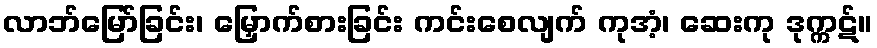
လာဘ်မြော်ခြင်း၊ မြှောက်စားခြင်း ကင်းစေလျက် ကုအံ့၊ ဆေးကု ဒုက္ကဋ်။